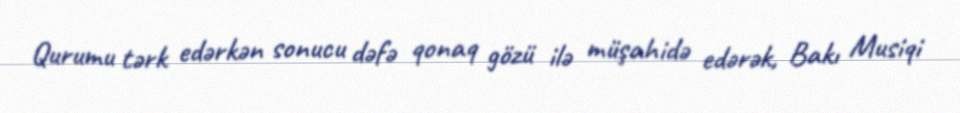
Qurumu tərk edərkən sonucu dəfə qonaq gözü ilə müşahidə edərək, Bakı Musiqi